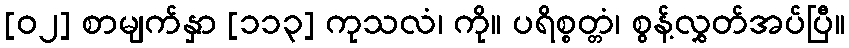
[၀၂] စာမျက်နှာ [၁၁၃] ကုသလံ၊ ကို။ ပရိစ္စတ္တံ၊ စွန့်လွှတ်အပ်ပြီ။